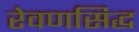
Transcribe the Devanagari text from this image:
रेवणसिद्ध